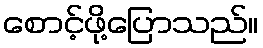
စောင့်ဖို့ပြောသည်။